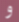
و